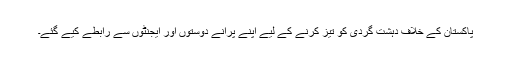
پاکستان کے خلاف دہشت گردی کو تیز کرنے کے لیے اپنے پرانے دوستوں اور ایجنٹوں سے رابطے کیے گئے۔